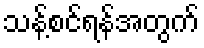
သန့်စင်ရန်အတွက်